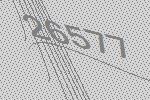
26577